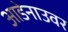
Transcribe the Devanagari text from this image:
आडेनाउवर